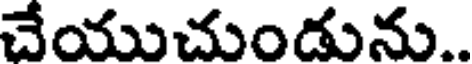
చేయుచుండును..